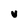
Character: v